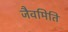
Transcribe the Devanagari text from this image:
जैवमिति